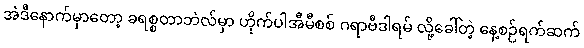
အဲဒီနောက်မှာတော့ ခရစ္စတာဘဲလ်မှာ ဟိုက်ပါအီမီစစ် ဂရာဗီဒါရမ် လို့ခေါ်တဲ့ နေ့စဉ်ရက်ဆက်